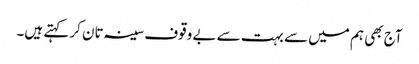
آج بھی ہم میں سے بہت سے بے وقوف سینہ تان کر کہتے ہیں۔